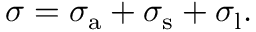
\sigma = \sigma _ { \mathrm { a } } + \sigma _ { \mathrm { s } } + \sigma _ { \mathrm { l } } .